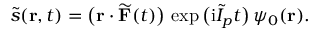
\widetilde { s } ( \mathbf { r } , t ) = \big ( \mathbf { r } \cdot \widetilde { \mathbf { F } } ( t ) \big ) \, \exp \big ( \mathrm { i } \widetilde { I } _ { p } t \big ) \, \psi _ { 0 } ( \mathbf { r } ) .